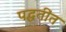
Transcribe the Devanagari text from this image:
पद्धतींत